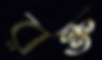
রক্ত